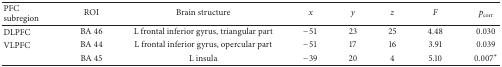
| PFCsubregion | ROI | Brain structure | x | y | z | F | pcorr |
 | --- | --- | --- | --- | --- | --- | --- | --- |
 | DLPFC | BA 46 | L frontal inferior gyrus, triangular part | −51 | 23 | 25 | 4.48 | 0.030 |
 | VLPFC | BA 44 | L frontal inferior gyrus, opercular part | −51 | 17 | 16 | 3.91 | 0.039 |
 |  | BA 45 | L insula | −39 | 20 | 4 | 5.10 | 0.007∗ |